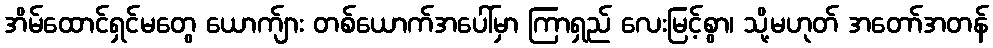
အိမ်ထောင်ရှင်မတွေ ယောက်ျား တစ်ယောက်အပေါ်မှာ ကြာရှည် လေးမြင့်စွာ၊ သို့မဟုတ် အတော်အတန်